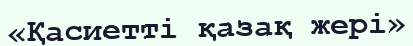
«Қасиетті қазақ жері»